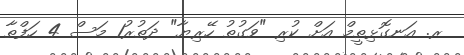
ރ. އަަނގޮޅިތީމް އަށް ކުރި "ވަގުތު ހޭރިޔާ" ދަތުރު1 މަސް 4 ހަފްތާ